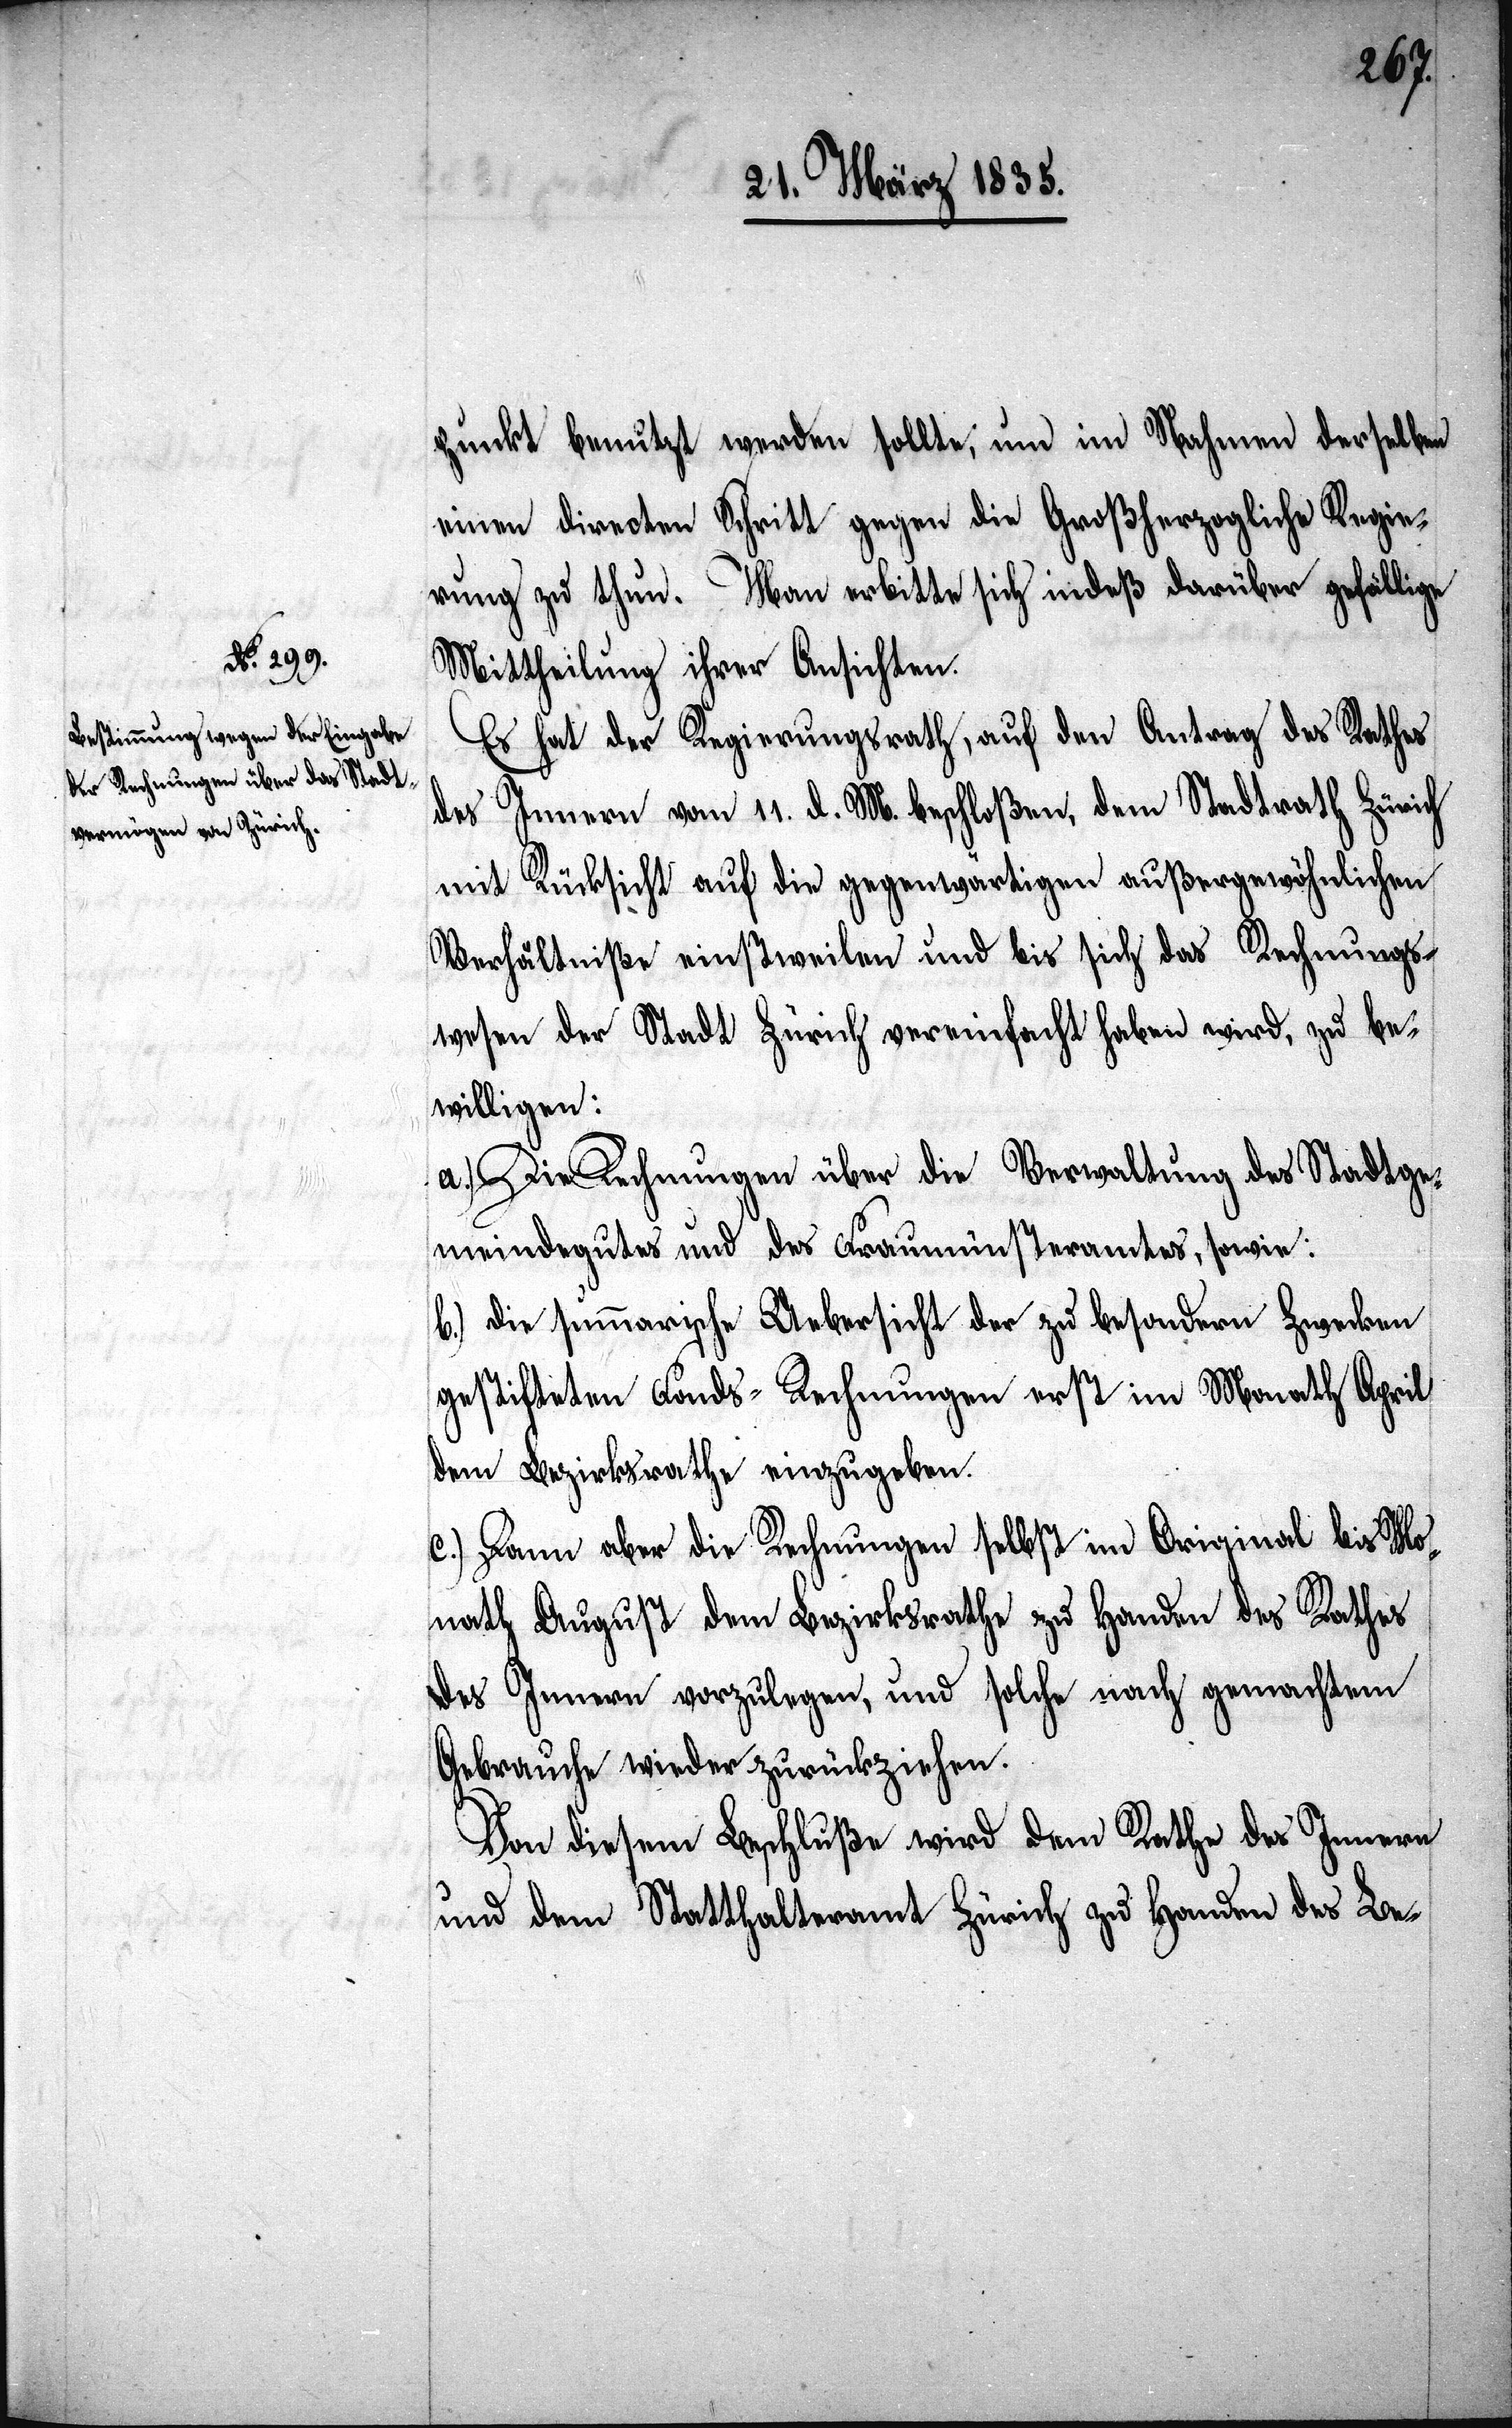
punkt benutzt werden sollte, um im Nahmen derselben
einen directen Schritt gegen die Großherzogliche Regie¬
rung zu thun. Man erbitte sich indeß darüber gefällige
Mittheilung ihrer Ansichten.
Es hat der Regierungsrath, auf den Antrag des Rathes
des Innern vom 11. d. M. beschloßen, dem Stadtrath Zürich
mit Rücksicht auf die gegenwärtigen außergewöhnlichen
Verhältniße einstweilen und bis sich das Rechnungs¬
vereinfacht haben wird, zu be¬
wesen der Stadt Zürich
willigen:
a.) Die Rechnungen über die Verwaltung des Stadtge¬
meindgutes und des Fraumünsteramtes, sowie:
b.) die summarische Uebersicht der zu besondern Zwecken
gestifteten Fonds-Rechnungen erst im Monath April
dem Bezirksrathe einzugeben.
c.) Dann aber die Rechnungen selbst im Original bis Mo¬
nath August dem Bezirksrathe zu Handen des Rathes
des Innern vorzulegen, und solche nach gemachtem
Gebrauche wieder zurückziehen.
Von diesem Beschluße wird dem Rathe des Innern
und dem Statthalteramt Zürich zu Handen des Be-